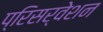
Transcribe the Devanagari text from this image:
प्रिसर्वेशन